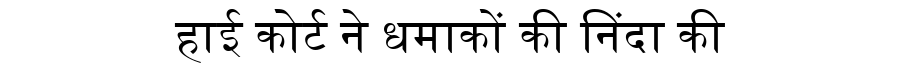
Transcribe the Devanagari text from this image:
हाई कोर्ट ने धमाकों की निंदा की